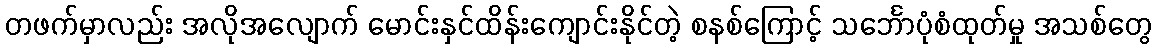
တဖက်မှာလည်း အလိုအလျောက် မောင်းနှင်ထိန်းကျောင်းနိုင်တဲ့ စနစ်ကြောင့် သင်္ဘောပုံစံထုတ်မှု အသစ်တွေ